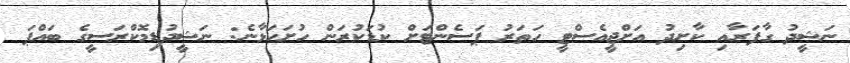
ނަޝީދު ގާފަރާއި ކާށިދު އަށްޖީއެސްޓީ ހަތަރު ޕަސެންޓަށް ކުޑަކުރަން ހުށަހަޅާނެ: ނަޝީދުޑިމޮކްރަސީގެ ބައްޕަ